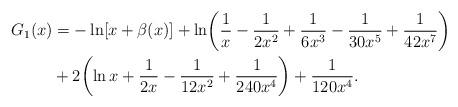
LaTeX: \begin{align*}G_1(x) &=- \ln[x+ \beta(x)] + \ln\biggl(\frac1x-\frac1{2x^2} +\frac1{6x^3}-\frac1{30x^5}+\frac1{42x^7}\biggr) \\&+2\biggl( \ln x+\frac1{2x}-\frac1{12x^2}+\frac1{240x^4}\biggr)+\frac1{120x^4}. \end{align*}